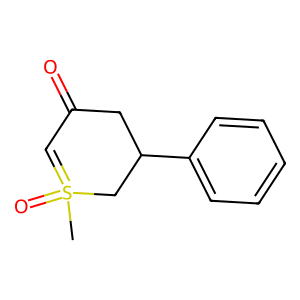
SMILES: CS1(=O)=CC(=O)CC(c2ccccc2)C1
Inhibits HIV replication: No